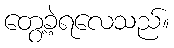
တွေ့ခဲ့ရလေသည်။